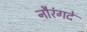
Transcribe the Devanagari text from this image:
नौरंगदे